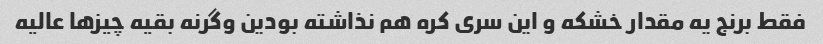
فقط برنج یه مقدار خشکه و این سری کره هم نذاشته بودین وگرنه بقیه چیزها عالیه